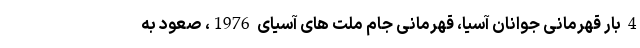
4 بار قهرمانی جوانان آسیا، قهرمانی جام ملت های آسیای 1976، صعود به